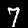
Label: 7